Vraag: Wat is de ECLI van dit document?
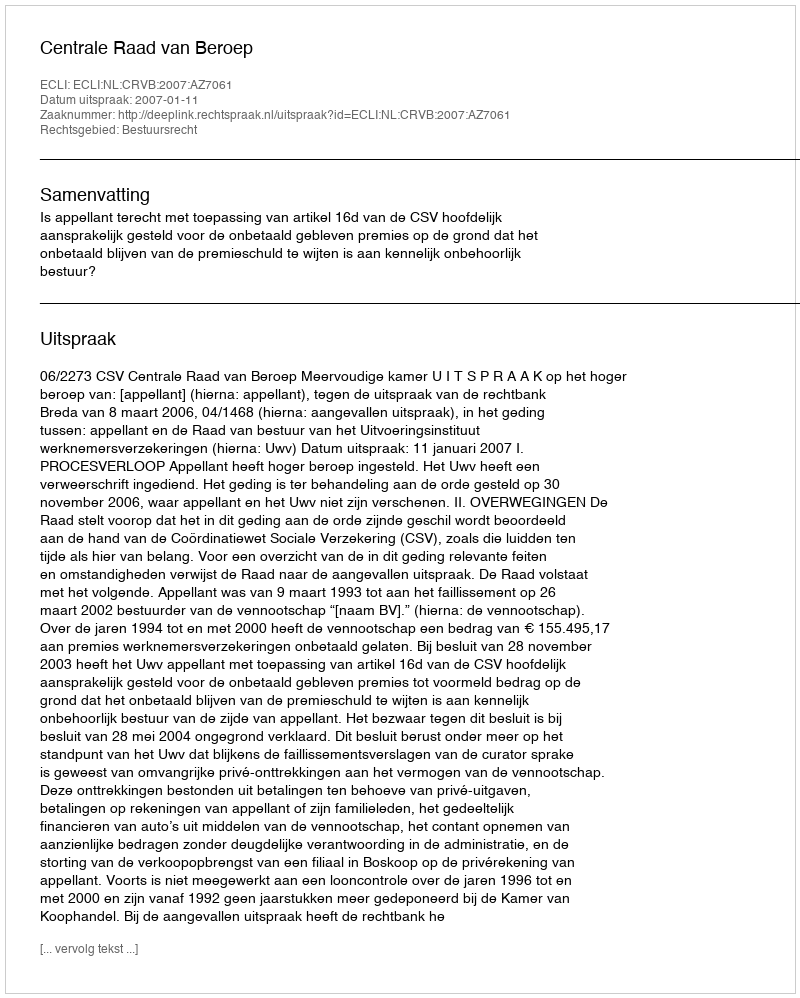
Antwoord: ECLI:NL:CRVB:2007:AZ7061